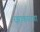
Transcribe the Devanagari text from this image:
रझाकाराचा